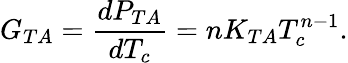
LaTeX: G_{TA}=\frac{dP_{TA}}{dT_{c}}=nK_{TA}T_{c}^{n-1}.